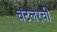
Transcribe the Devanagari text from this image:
बटलरची